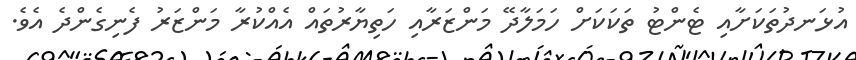
އުޅަނދުތަކަށާއި ޓެންޓު ތަކަަކަށް ހަމަލާދޭ މަންޒަރާއި ހަތިޔާރުތައް އެއްކުރާ މަންޒަރު ފެނިގެންދެ އެވެ.